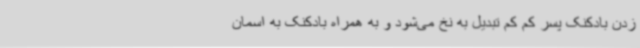
زدن بادکنک پسر کم کم تبدیل به نخ می‌شود و به همراه بادکنک به اسمان